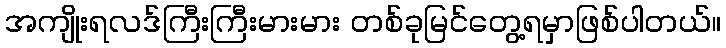
အကျိုးရလဒ်ကြီးကြီးမားမား တစ်ခုမြင်တွေ့ရမှာဖြစ်ပါတယ်။